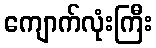
ကျောက်လုံးကြီး